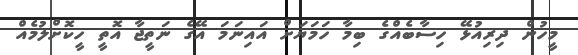
މީހުން ދިރިއުޅޭ ހިސާބެއްގެ ބިމާ ހަމަޔަށް އައިނަމަ އޭގެ ނަތީޖާ އޮތީ ހީކޮށްލުމެއް